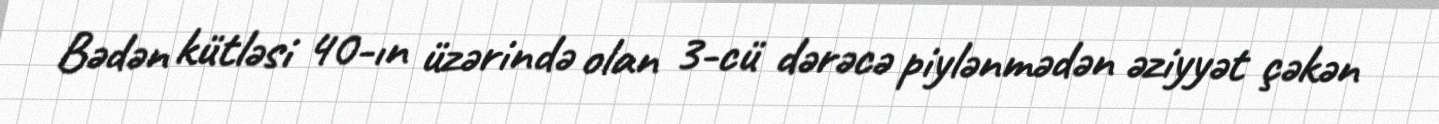
Bədən kütləsi 40-ın üzərində olan 3-cü dərəcə piylənmədən əziyyət çəkən